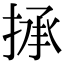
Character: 𢮋